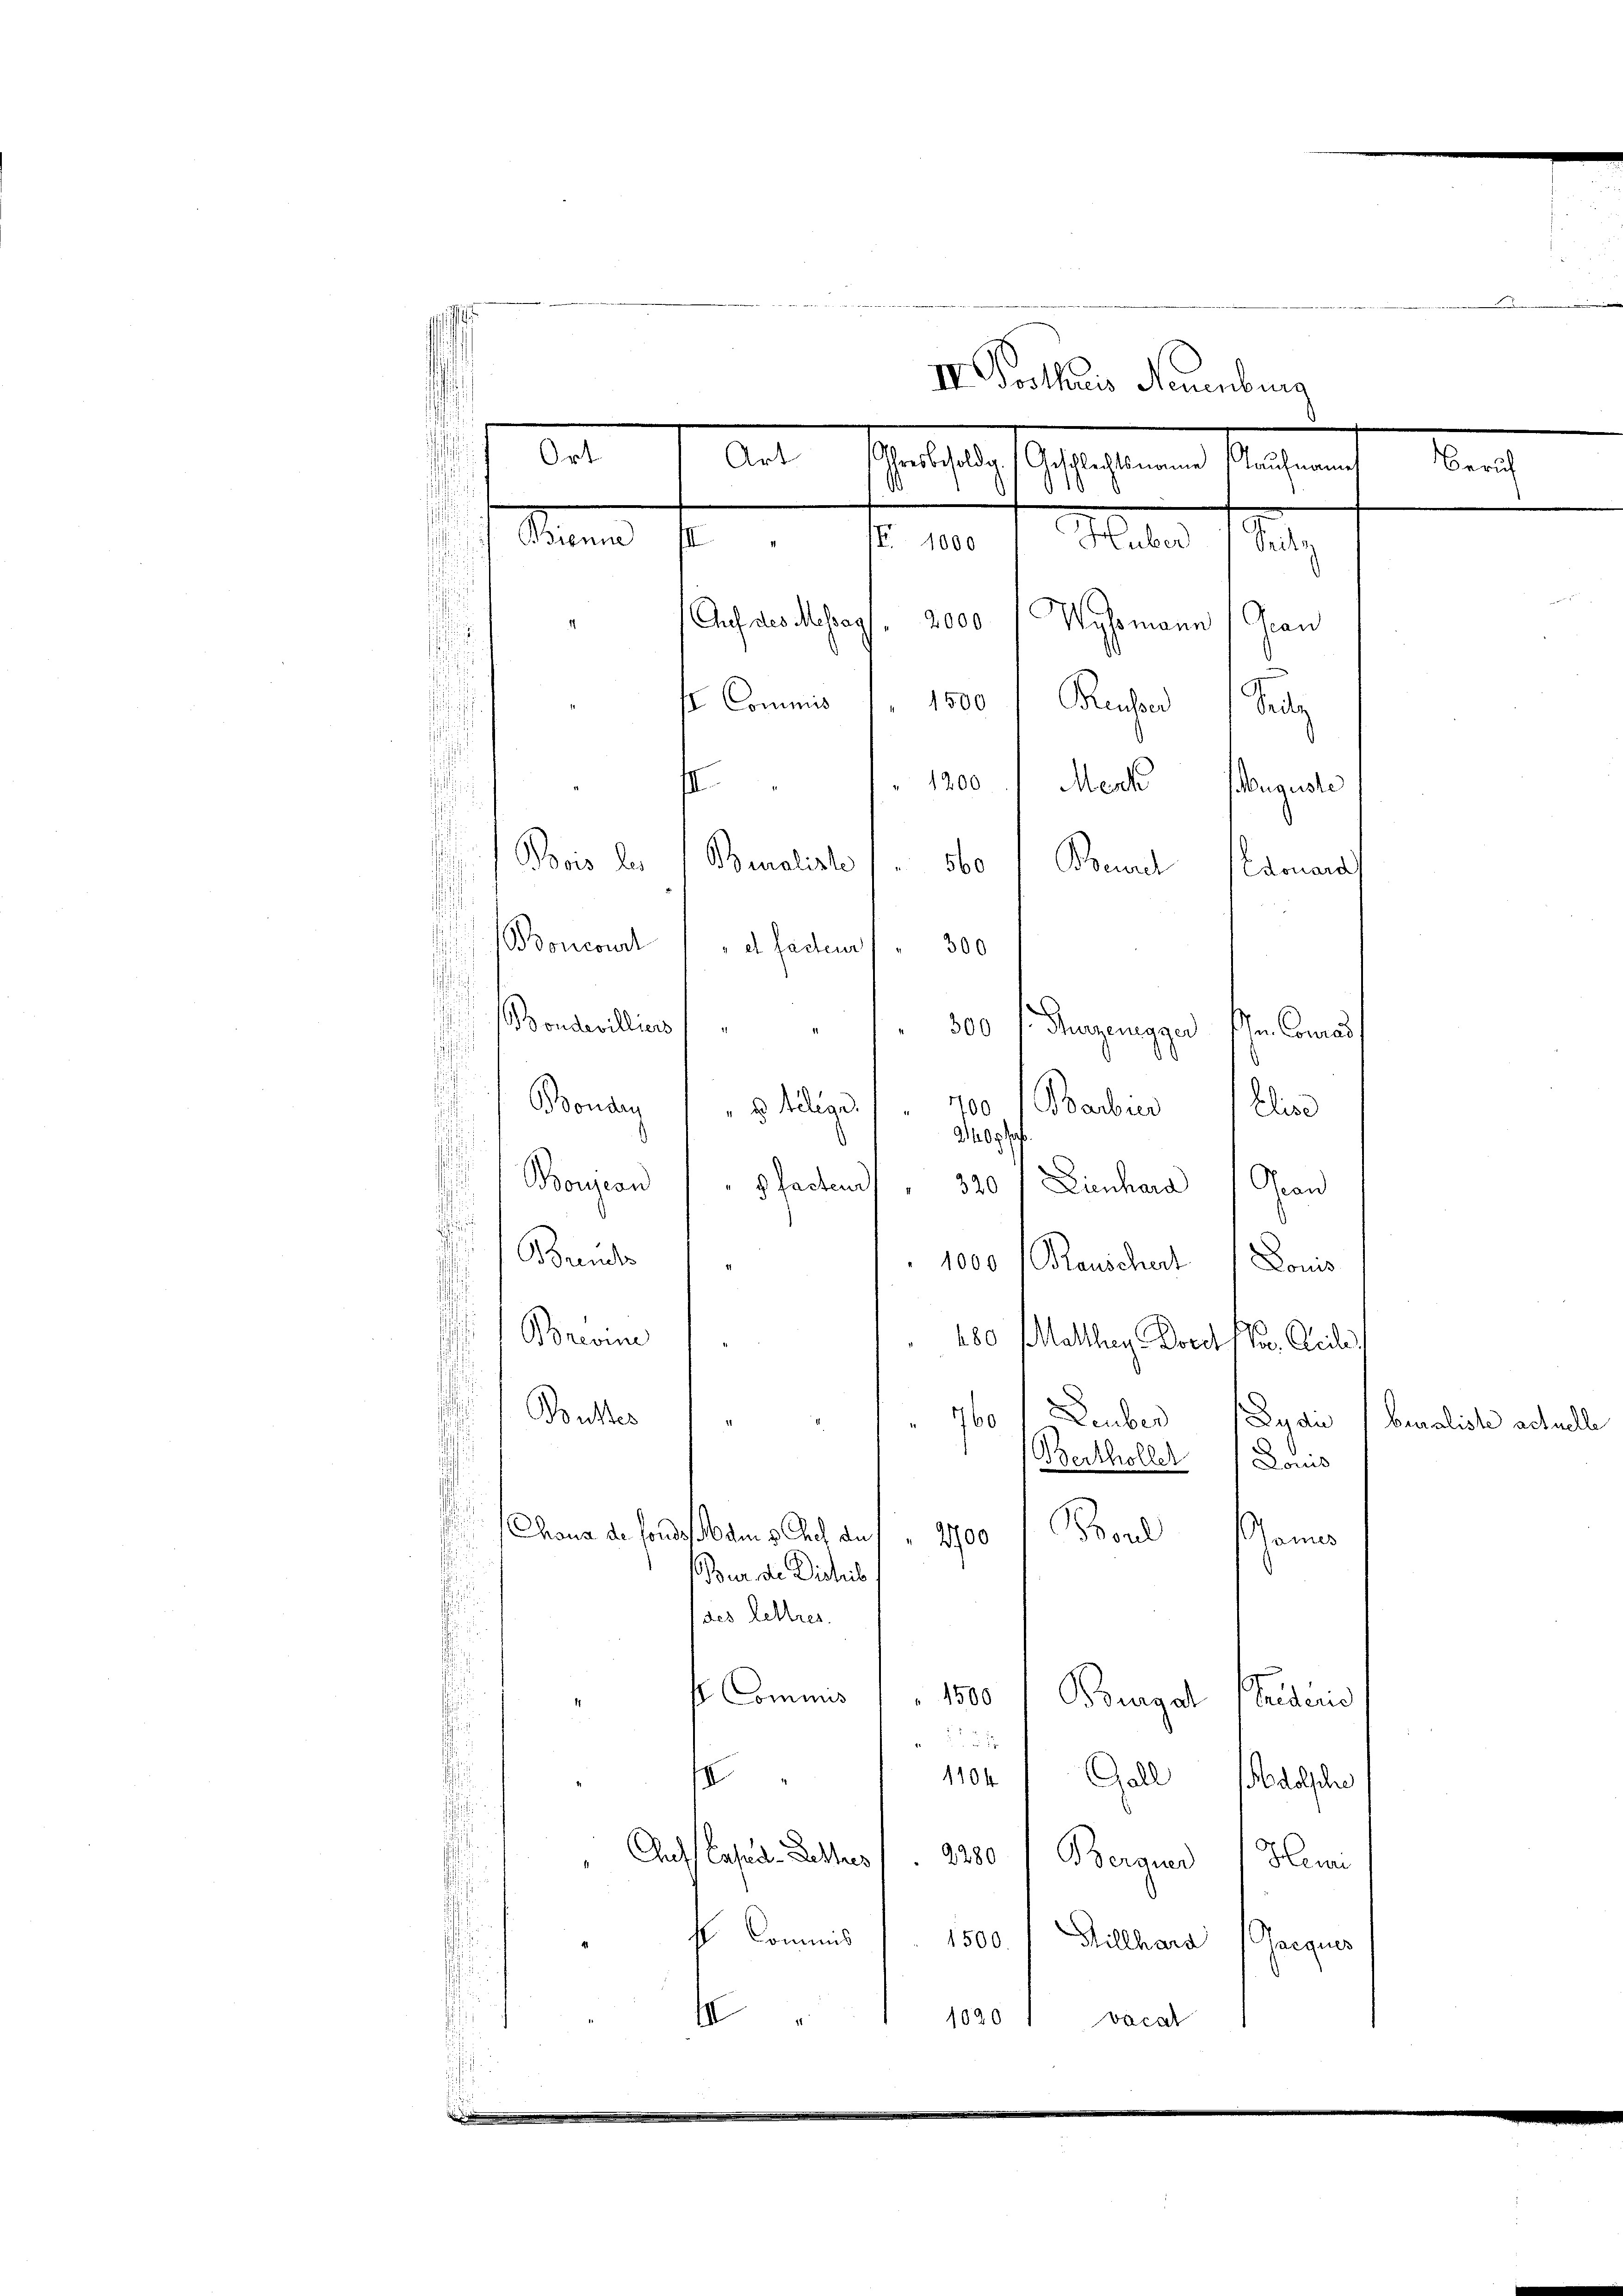
III. Posthaus Neuenburg
Ort
Art
Ihresbesoldig. (Geschlechtsname Kaufmann
Sanen
f Nr. 182. 1. Mater sta
Auf des Mag. 2000f Wyssmann (Grau
1500 Reusser Seuz
f Commis
II
1200 Mento auguste

.

e

n
Buraliste
Bene
560
Lamant
Boncour a Faden 300
Bondevilliers
300 f. Hugenager den Conrad
.
d
d
u
Boudry 1 " " dilige 1 700 (Babuer Elise
.
f
2140
Borzion
Lienhard Gran
3 facteur
320
.
Breuch
1000 Rauschert Louis
Breome
280 (Matllg Dort (u. Cede
Busses
760 Leuber, Pagan (beraliste actuelle
Berthöller Louis
Boul
Chaus de sondes am 3. Chef du " 2700
shei
Bur de Dichis
des Lettres.
b. Commis " " 1500 f Bougat
Seiderie

1104) Gall absch
s
Auf Casiden Schlus 2280) Berger Hein
f Commis   1500 Killhard (Gaequis
e
1020
1
Vacal

Beruh